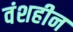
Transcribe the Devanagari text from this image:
वंशहीन